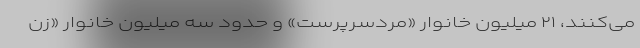
می‌کنند، ۲۱ میلیون خانوار «مردسرپرست» و حدود سه میلیون خانوار «زن